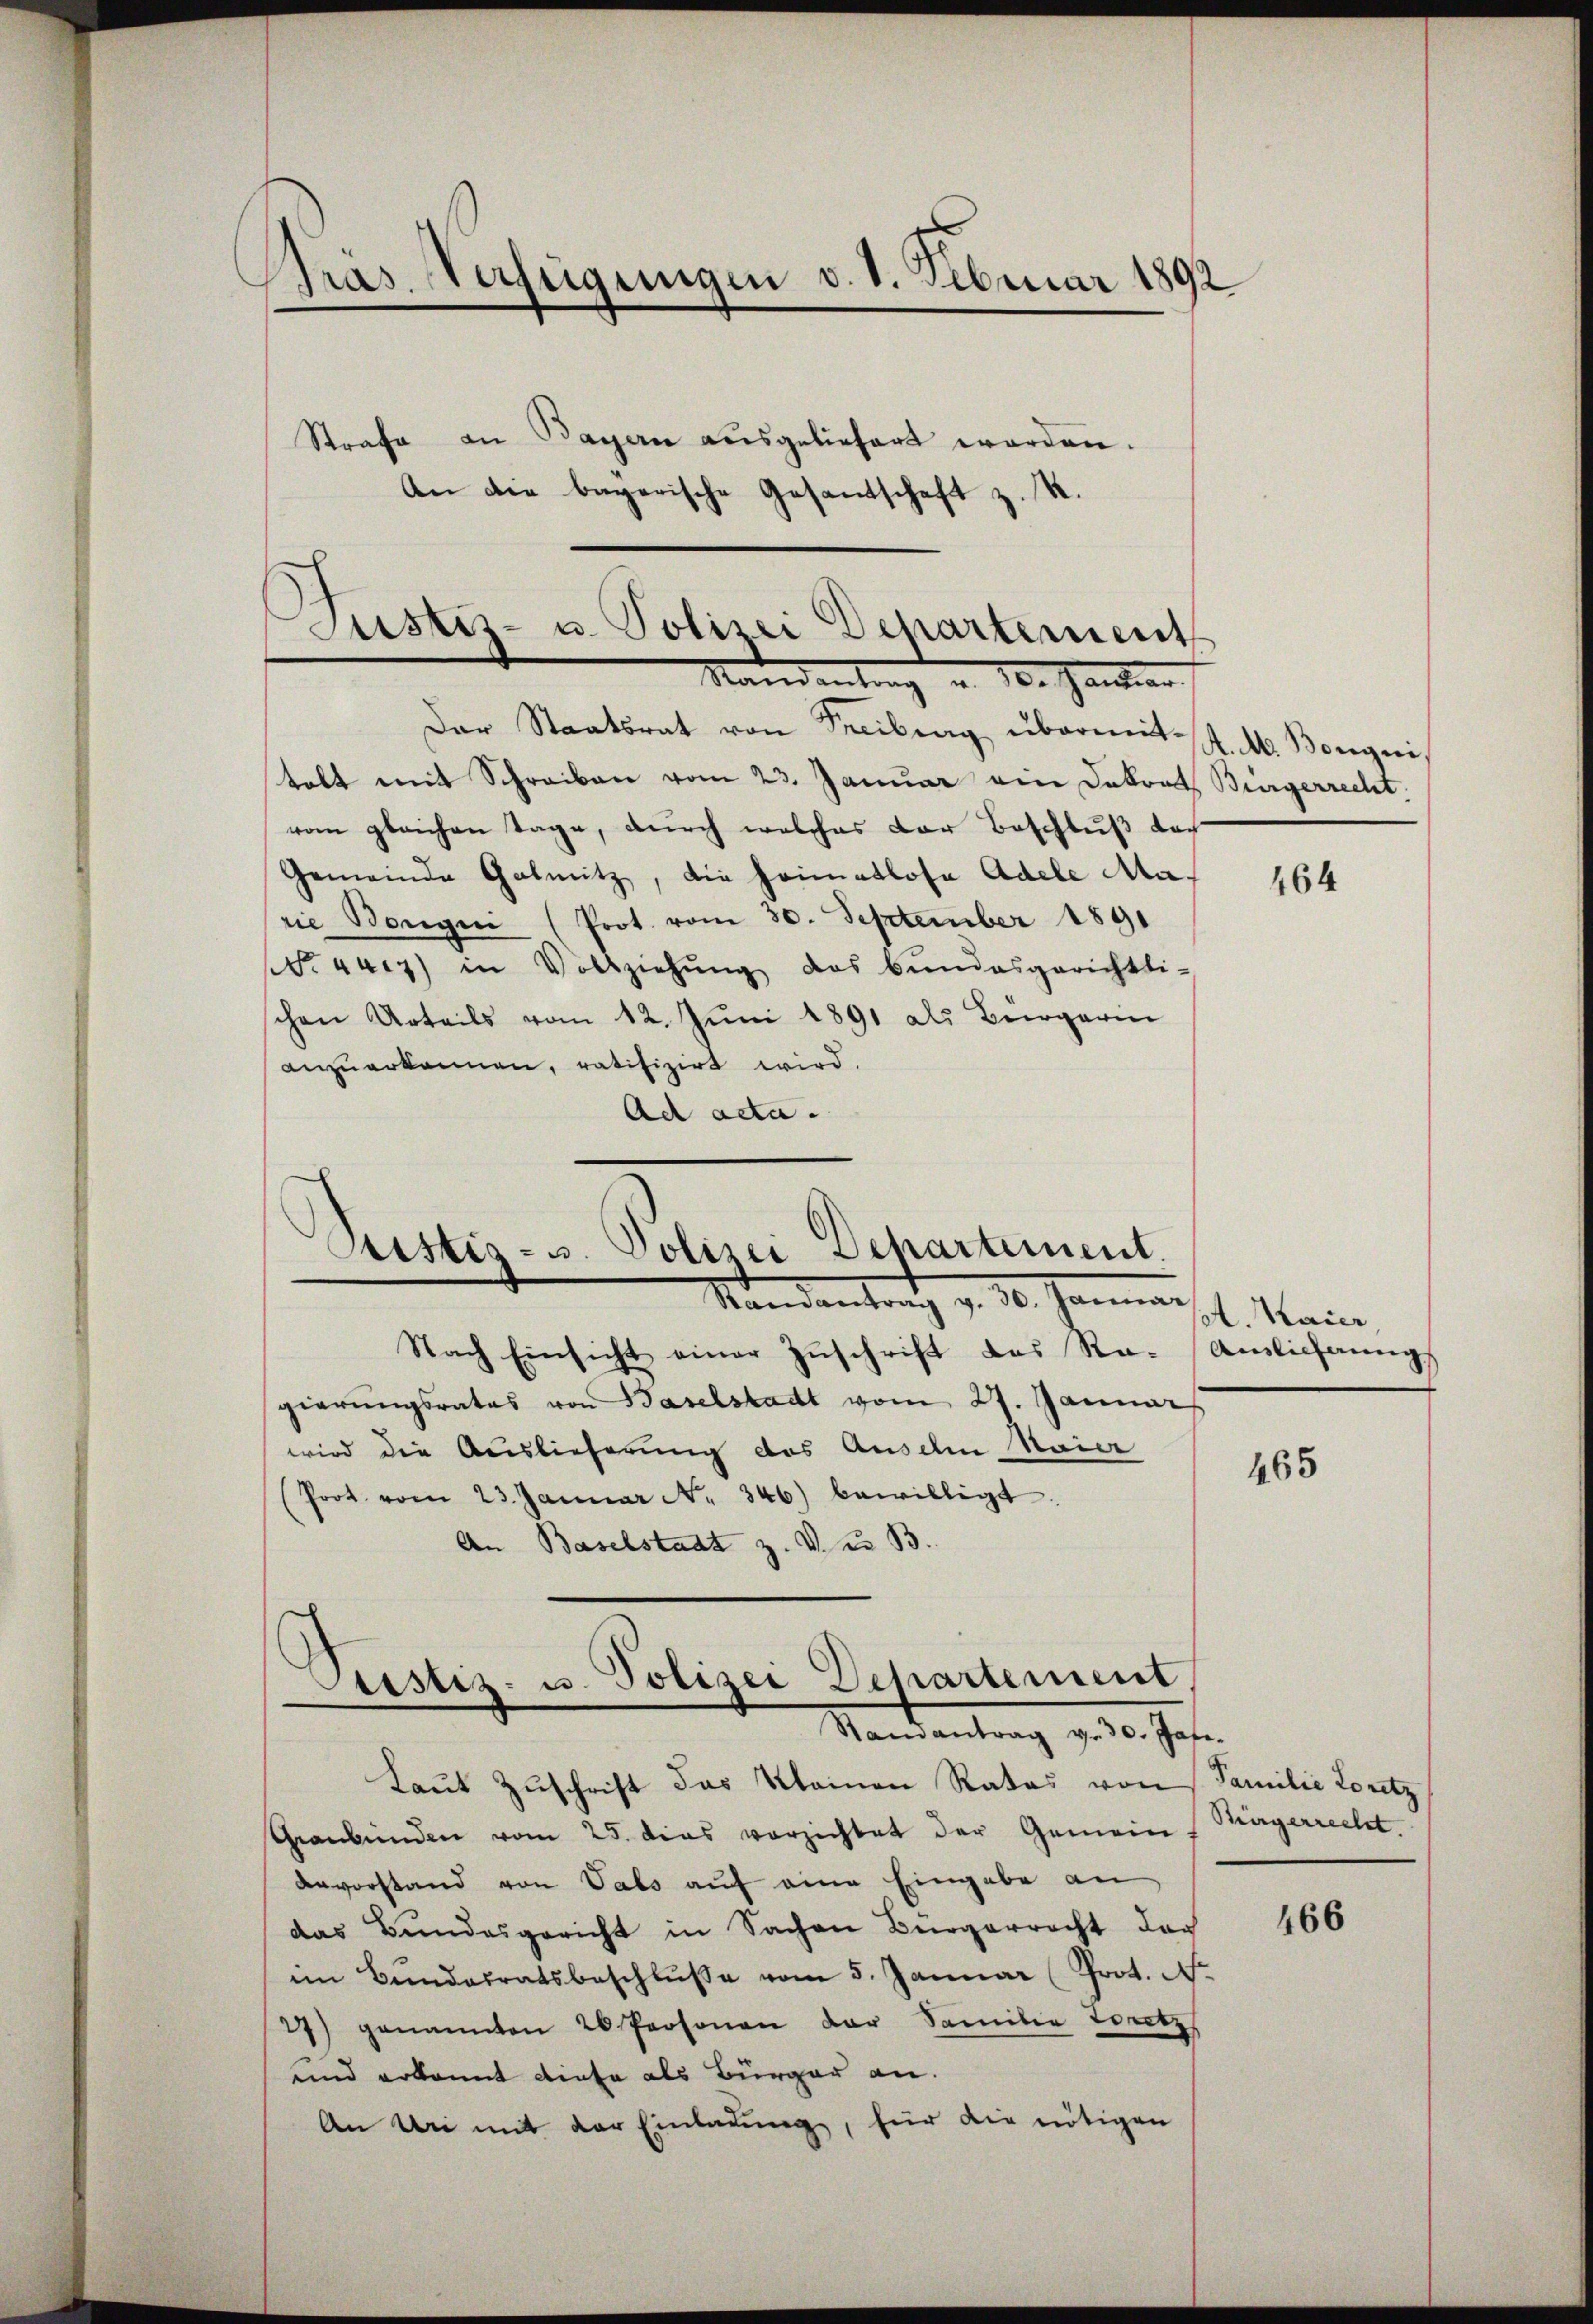
Bras. Verfügungen v. 8. Februar 1892

Strafe an Bayern ausgeliefert worden.
An die bagarische Gesantschaft z. R.

Justiz- u. Polizei Departement
Mandantrag u. der Gantrar

Pristis- u. Polizei Departement.
Standentrag v. 30. Januar l. Main

Der Staatsrat von Freibung übermit 4. M. Borgeri
talt mit Schreiben vom 23. Januar ein Dokrat Bürgerrecht
vom gleichen Tage, durch welches der Beschluß doch
Gemeinde Galmitz, die Heimatlose Adele Marie Bangen (Prot. vom 30. September 1891
No. 447) in Vollziehŭng das bŭndesgerichtli-
chen Urteils vom 12. Juni 1891 als Bürgeri
anzuerkennen, ratifizirt wird.
Ad acta.
Nach Einsicht einer Zŭschrift des Ra-
gierŭngsrates von Baselstadt vom 27. Januar
wird die Auslieferung des Ausel Raier
(Prot. vom 23. Januar N. 346) bewilligt
An Baselstadt z. V. u. B.
Justiz- u. Polizei Departement.
Randantrag v. 30. Jah
Laut Zuschrift das Kleinen Rates von
Graubünden vom 25. dies verzichtet der Gemein
Anvorstand von Vals auf eine Eingabe an
das Bundesgericht in Sachen Bürgerrecht der
im Bundesratsbeschlŭsse vom 5. Januar (Prot. N.
27) genannten 20 Personen der Familie Torenz
und erkannt diese als Bürger an.
An Uri mit der Einladung, für die nötigen

464

Ainlicherung

465

.
Familie Loretz
Biirgerrecht.

466